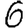
Digit: 6